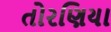
તોરણિયા